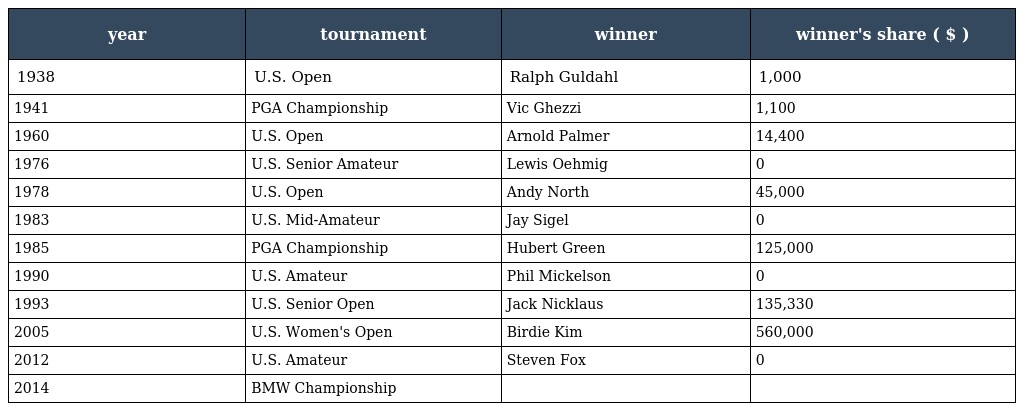
| year | tournament | winner | winner's share ( $ ) |
 | --- | --- | --- | --- |
 | 1938 | U.S. Open | Ralph Guldahl | 1,000 |
 | 1941 | PGA Championship | Vic Ghezzi | 1,100 |
 | 1960 | U.S. Open | Arnold Palmer | 14,400 |
 | 1976 | U.S. Senior Amateur | Lewis Oehmig | 0 |
 | 1978 | U.S. Open | Andy North | 45,000 |
 | 1983 | U.S. Mid-Amateur | Jay Sigel | 0 |
 | 1985 | PGA Championship | Hubert Green | 125,000 |
 | 1990 | U.S. Amateur | Phil Mickelson | 0 |
 | 1993 | U.S. Senior Open | Jack Nicklaus | 135,330 |
 | 2005 | U.S. Women's Open | Birdie Kim | 560,000 |
 | 2012 | U.S. Amateur | Steven Fox | 0 |
 | 2014 | BMW Championship |  |  |